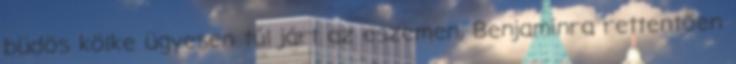
büdös kölke ügyesen túl járt az eszemen, Benjaminra rettentően